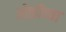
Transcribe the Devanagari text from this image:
ओळीच्या